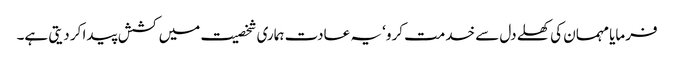
فرمایا مہمان کی کھلے دل سے خدمت کرو‘ یہ عادت ہماری شخصیت میں کشش پیدا کر دیتی ہے۔